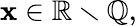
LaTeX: \mathbf{x}\in\mathbb{{R}}\smallsetminus\mathbb{{Q}},